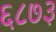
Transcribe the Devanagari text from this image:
६८७३